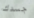
جسدك